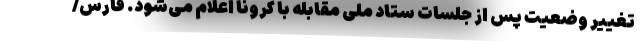
تغییر وضعیت پس از جلسات ستاد ملی مقابله با کرونا اعلام می‌شود. فارس/